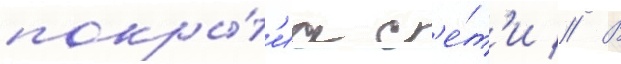
покры́т'иа с'е́т'и // В